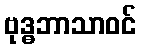
ဗုဒ္ဓဘာသာဝင်